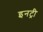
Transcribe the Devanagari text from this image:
इनट्री